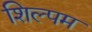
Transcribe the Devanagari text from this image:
शिल्पम